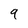
Character: 9